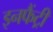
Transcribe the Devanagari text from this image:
इनफैंट्री